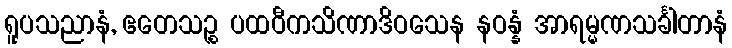
ရူပသညာနံ, ဧတေသဉ္စ ပထဝီကသိဏာဒိဝသေန နဝန္နံ အာရမ္မဏသင်္ခါတာနံ